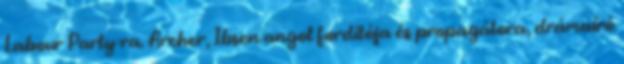
Labour Party-ra. Archer, Ibsen angol fordítója és propagátora, drámaíró